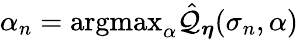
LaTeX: \alpha_{n}=\mathrm{argmax}_{\alpha}\hat{\mathcal{Q}}_{\boldsymbol{\eta}}(\sigma_{n},\alpha)